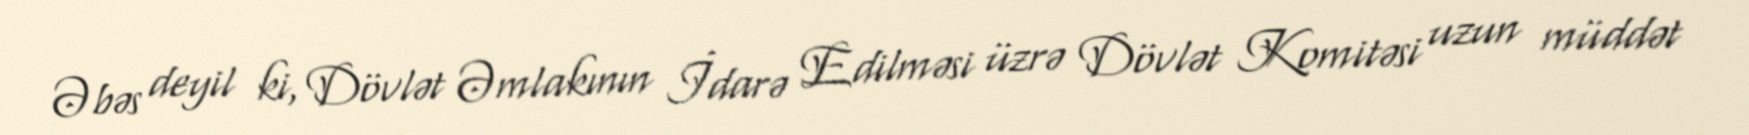
Əbəs deyil ki, Dövlət Əmlakının İdarə Edilməsi üzrə Dövlət Komitəsi uzun müddət